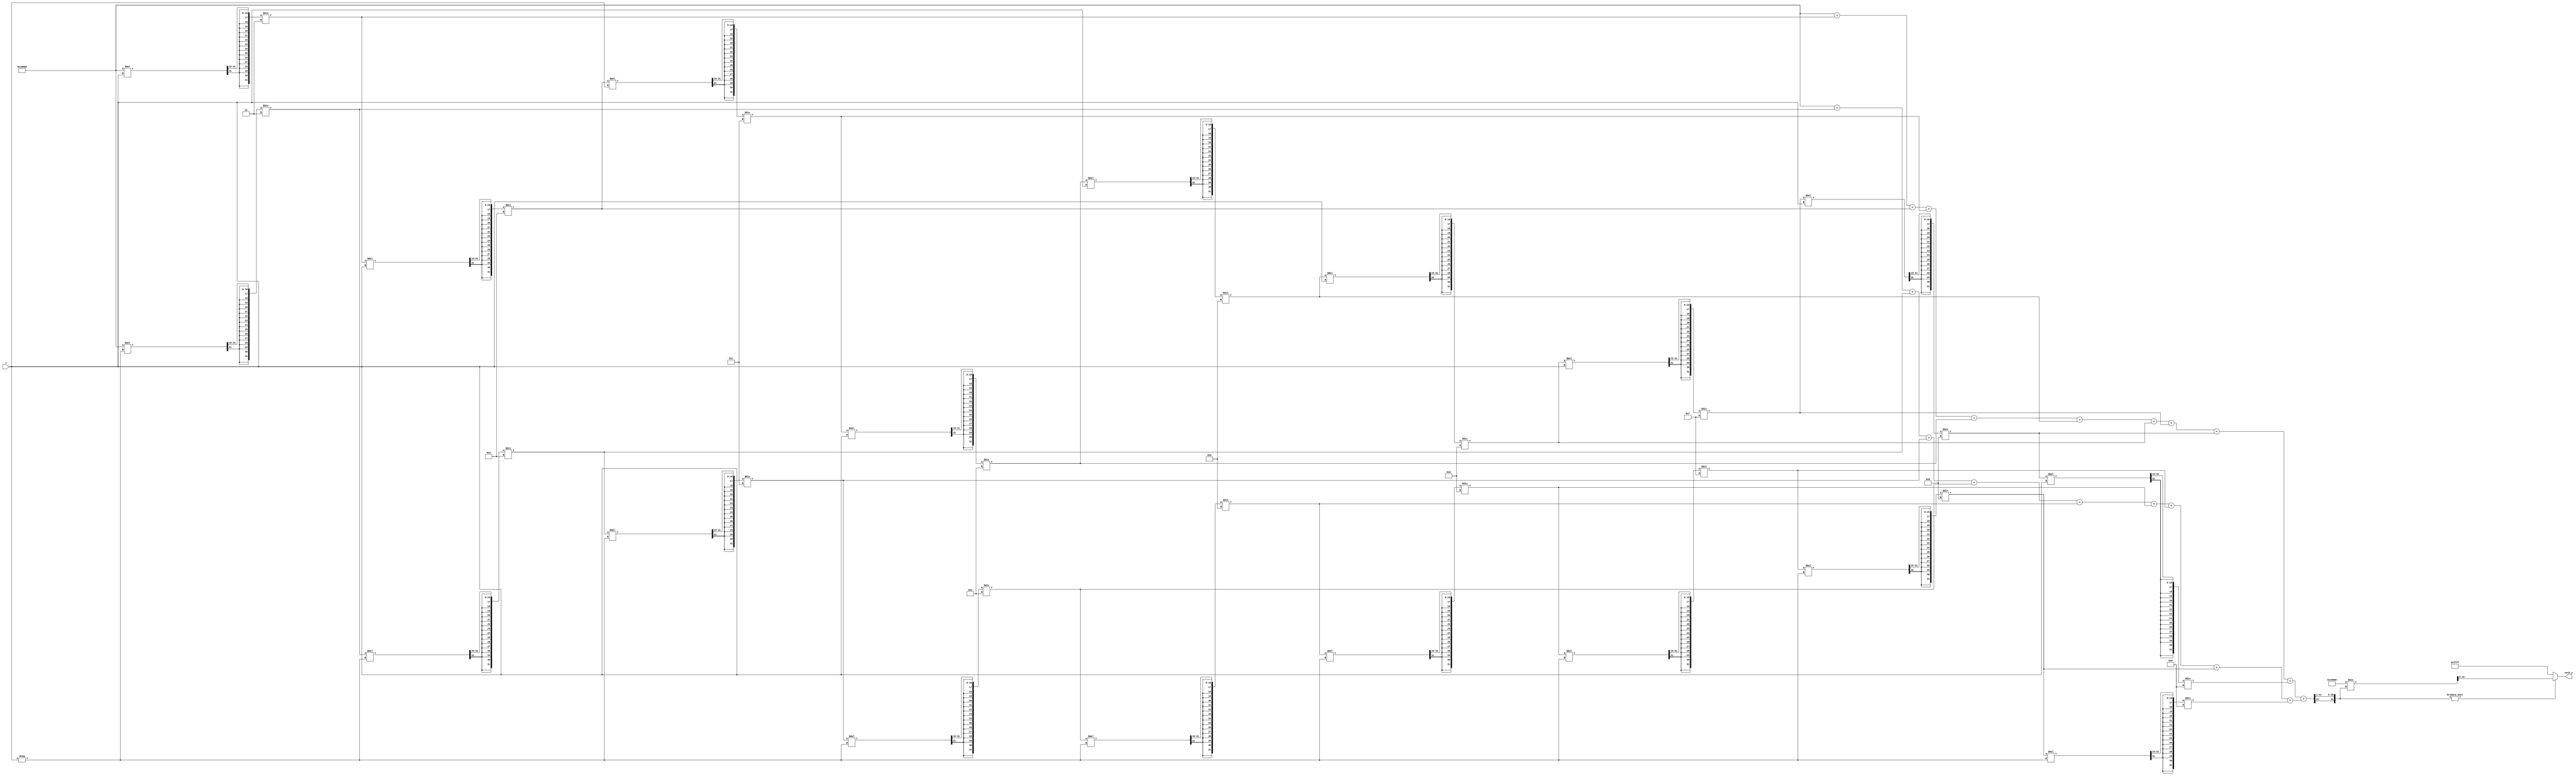
module hyperbolic_secant (
    input wire signed [15:0] x,         // Input x in fixed-point format (Q1.15)
    output reg signed [15:0] sech_x      // Output sech(x) in fixed-point format (Q1.15)
);

    // Internal signals
    reg signed [31:0] ex, ex_neg;       // e^x and e^(-x) in Q1.31 format
    reg signed [31:0] cosh_x;           // cosh(x) in Q1.31 format
    reg signed [31:0] cosh_x_inv;       // 1/cosh(x) in Q1.31 format

    // Compute e^x using a Taylor series expansion
    function signed [31:0] exp_taylor;
        input signed [15:0] x;
        integer i;
        reg signed [31:0] term;
        reg signed [31:0] sum;
        begin
            sum = 32'h00010000; // Initialize sum to 1 (Q1.31)
            term = 32'h00010000; // First term (x^0 / 0!)
            for (i = 1; i < 10; i = i + 1) begin
                term = (term * x) >>> 15; // x^i / i! in Q1.31
                term = term / i; // Divide by i
                sum = sum + term; // Add term to sum
            end
            exp_taylor = sum;
        end
    endfunction

    // Compute e^(-x)
    function signed [31:0] exp_neg_taylor;
        input signed [15:0] x;
        begin
            exp_neg_taylor = exp_taylor(-x);
        end
    endfunction

    // Always block to compute sech(x)
    always @(*) begin
        // Calculate e^x and e^(-x)
        ex = exp_taylor(x);
        ex_neg = exp_neg_taylor(x);

        // Compute cosh(x) = (e^x + e^(-x)) / 2
        cosh_x = (ex + ex_neg) >>> 1; // Right shift to divide by 2

        // Compute sech(x) = 1 / cosh(x)
        if (cosh_x != 0) begin
            sech_x = 32'h00010000 / cosh_x; // Q1.31 to Q1.15
        end else begin
            sech_x = 16'hFFFF; // Set to max negative value in case of division by zero
        end
    end
endmodule